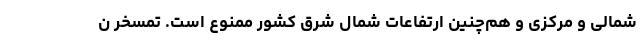
شمالی و مرکزی و هم‌چنین ارتفاعات شمال شرق کشور ممنوع است. تمسخر ن